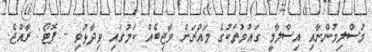
މުސްލިމުންނާއި އިސްލާމީ ގައުމުތަކުގެ މައްޗަށް ވާޖިބެއް ކަމުގައި ވިދާޅުވި - ފޮޓޯ: ރާއްޖެ.